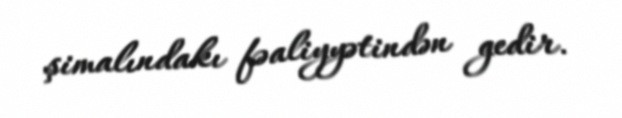
şimalındakı fəaliyyətindən gedir.